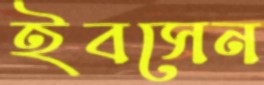
ইবসেন